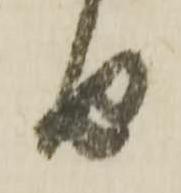
由